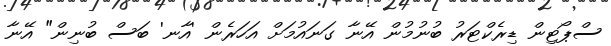
ސްޕޯޓިން ޑިރެކްޓަރު ބުނުމުން އޭނާ ގަނައުމަށް އަހަރެން 'އާނ' ބަސް ބުނިން" އޭނާ